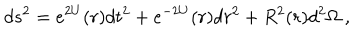
d s ^ { 2 } = e ^ { 2 U } ( r ) d t ^ { 2 } + e ^ { - 2 U } ( r ) d r ^ { 2 } + R ^ { 2 } ( r ) d ^ { 2 } \Omega \ ,